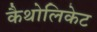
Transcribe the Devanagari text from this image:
कैथोलिकेट